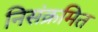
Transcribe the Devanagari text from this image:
निसंक्रमित